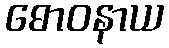
ဓောဝနာယ